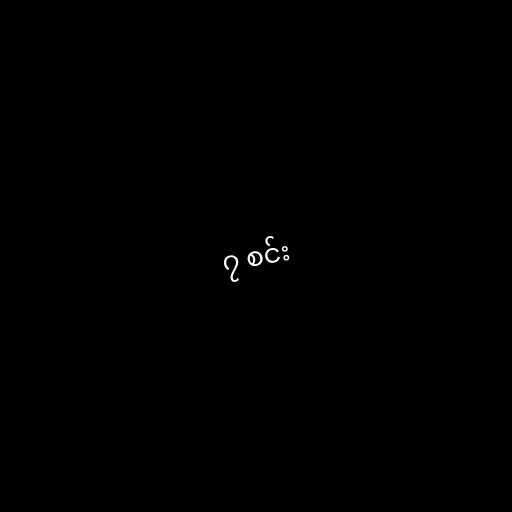
၇ စင်း